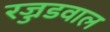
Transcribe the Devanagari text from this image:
रज्जडवाल